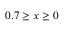
0 . 7 \geq x \geq 0